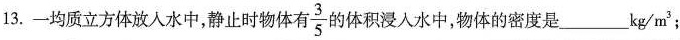
13.一均质立方体放入水中，静止时物体有\frac{3}{5}的体积浸入水中，物体的密度是___kg/m^{3}；